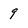
Character: 9